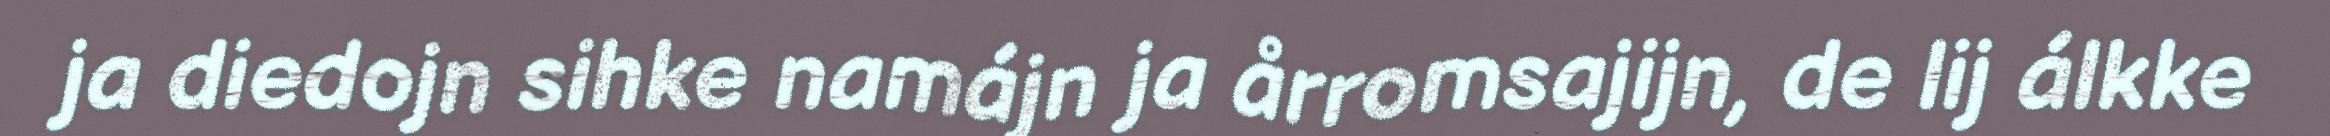
ja diedojn sihke namájn ja årromsajijn, de lij álkke